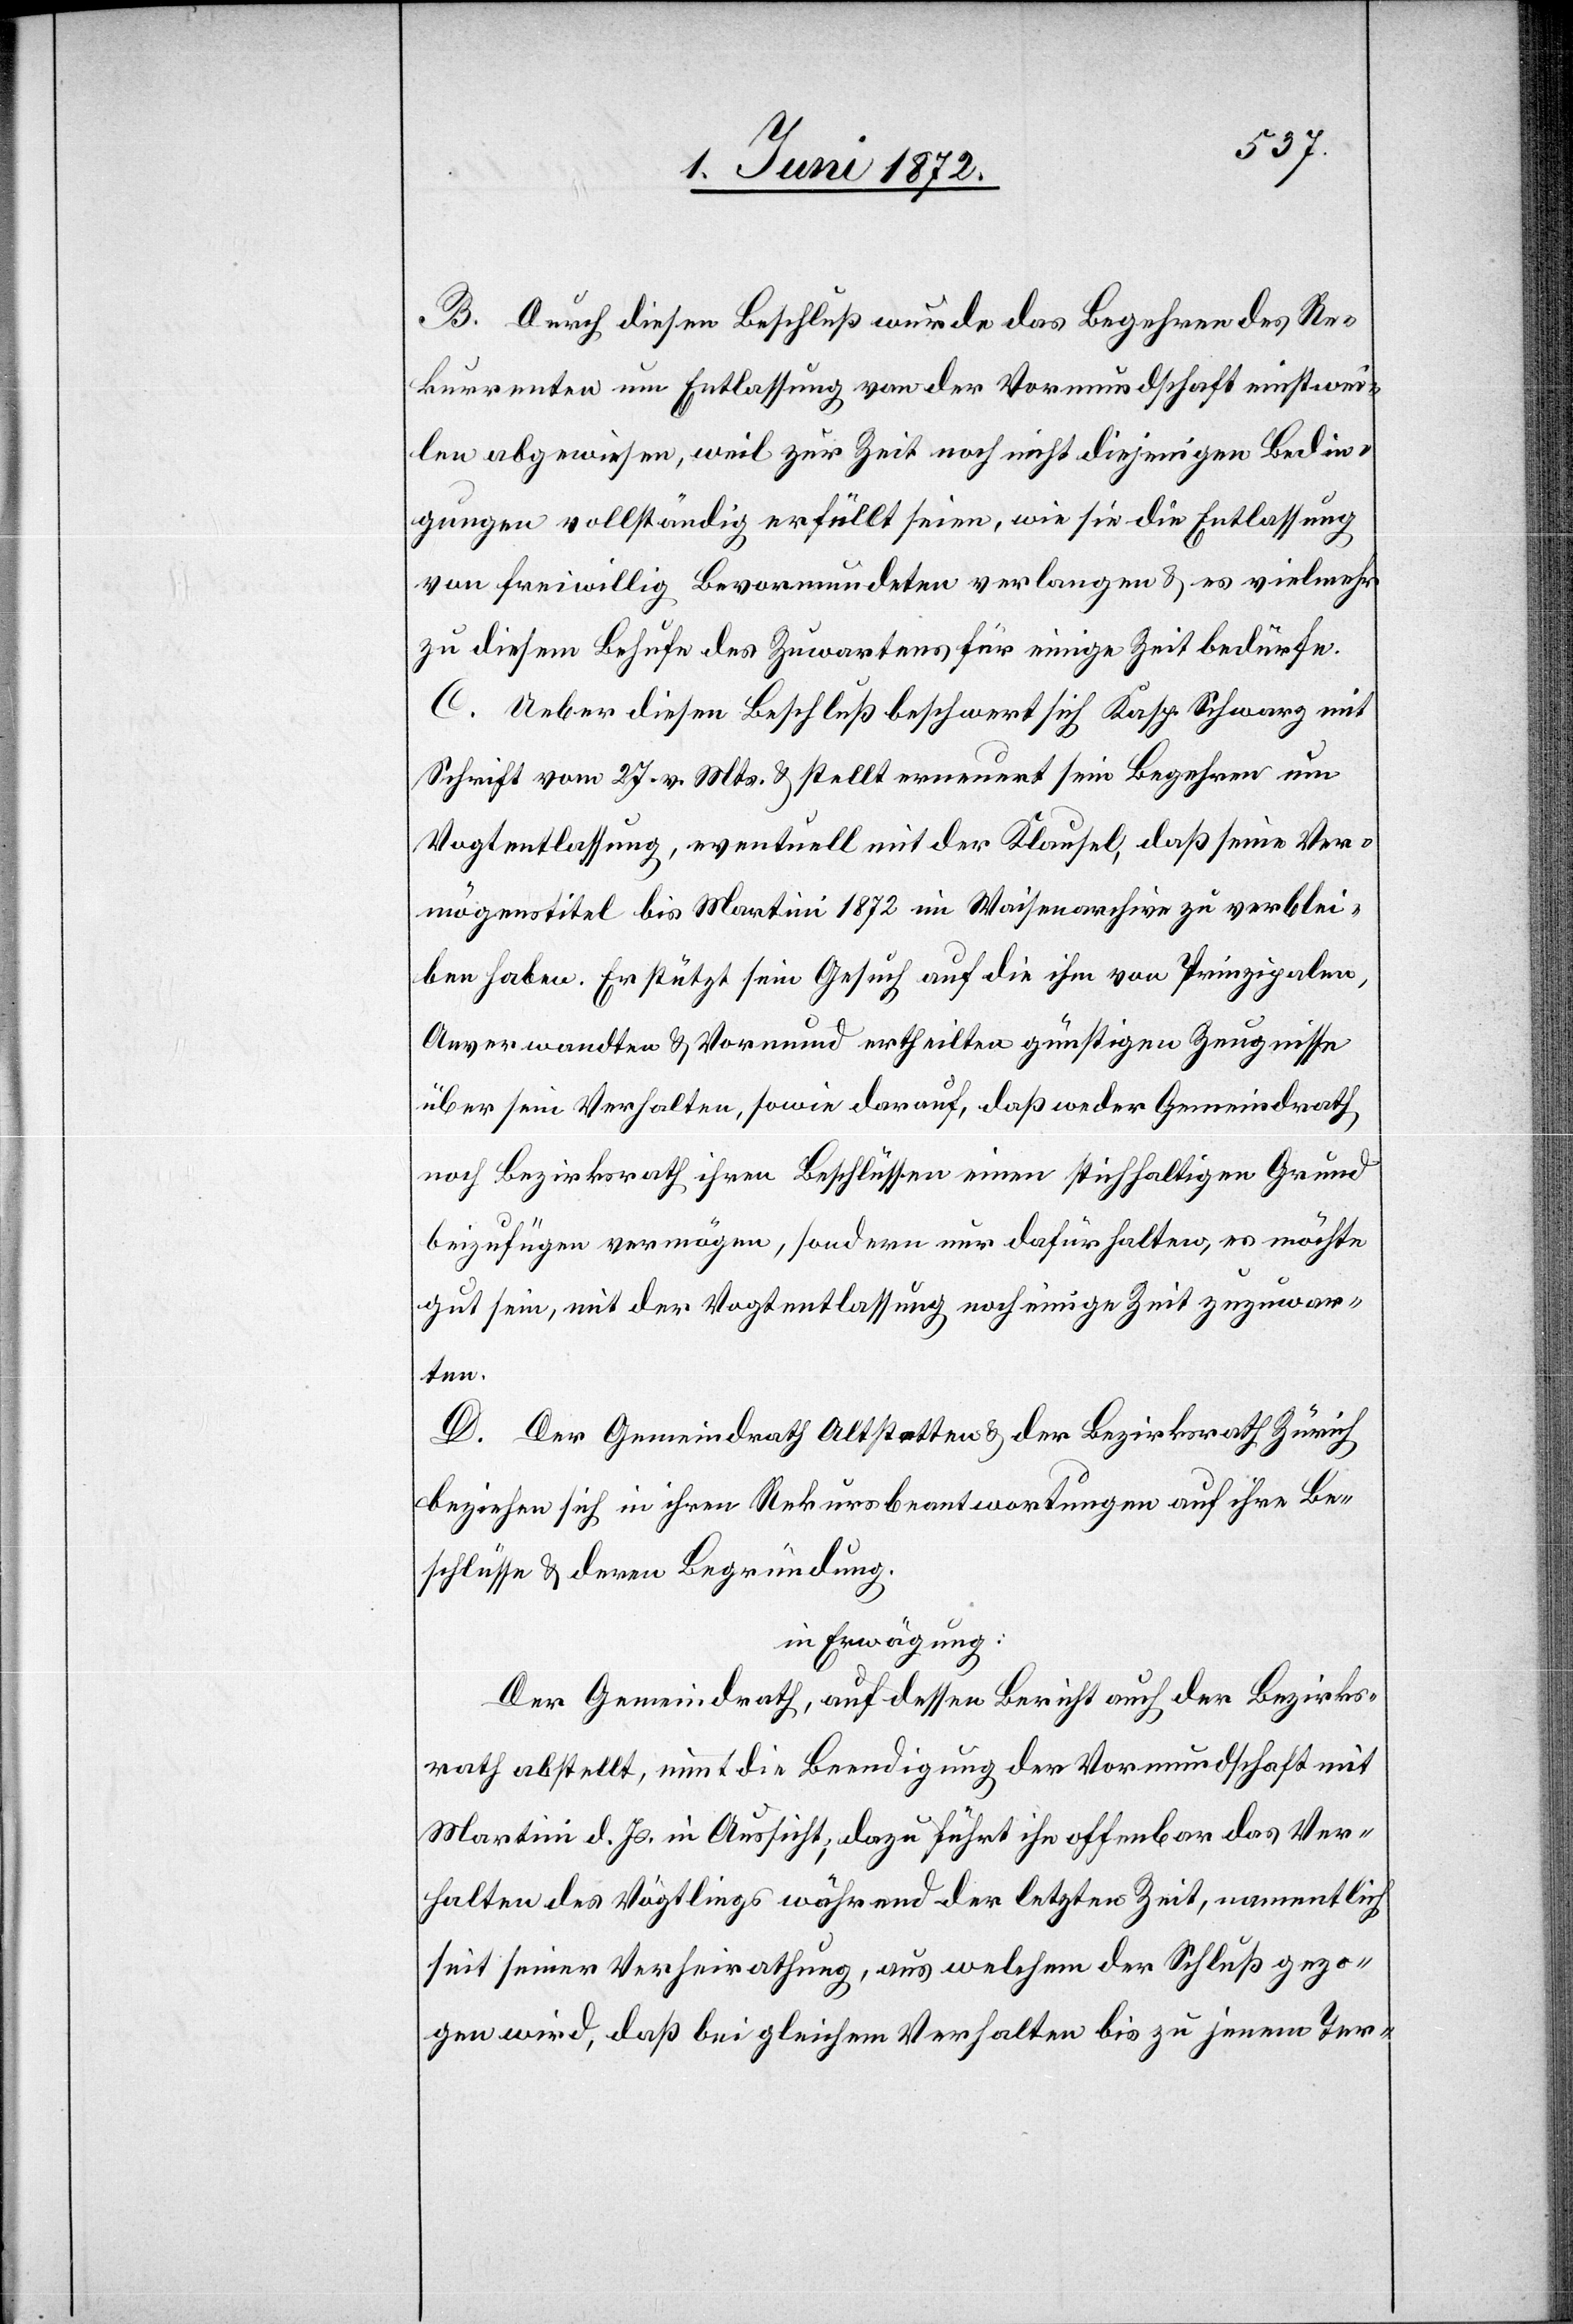
B. Durch diesen Beschluß wurde das Begehren des Re¬
kurrenten um Entlassung von der Vormundschaft einstwei¬
len abgewiesen, weil zur Zeit noch nicht diejenigen Bedin¬
gungen vollständig erfüllt seien, wie sie die Entlassung
von freiwillig Bevormundeten verlangen u. es vielmehr
zu diesem Behufe des Zuwartens für einige Zeit bedürfe.
C. Ueber diesen Beschluß beschwert sich Kasp. Schwarz mit
Schrift vom 27. v. Mts. u. stellt erneuert sein Begehren um
Vogtentlassung, eventuell mit der Klausel, daß seine Ver¬
mögenstitel bis Martini 1872 im Waisenarchive zu verblei¬
ben haben. Er stützt sein Gesuch auf die ihm von Prinzipalen,
Anverwandten u. Vormund ertheilten günstigen Zeugnisse
über sein Verhalten, sowie darauf, daß weder Gemeindrath
noch Bezirksrath ihren Beschlüssen einen stichhaltigen Grund
beizufügen vermögen, sondern nur dafür halten, es möchte
gut sein, mit der Vogtentlassung noch einige Zeit zuzuwar¬
ten.
D. Der Gemeindrath Altstetten u. der Bezirksrath Zrich
beziehen sich in ihren Rekursbeantwortungen auf ihre Be¬
schlüsse u. deren Begründung.
in Erwägung:
Der Gemeindrath, auf dessen Bericht auch der Bezirks¬
rath abstellt, nim[m]t die Beendigung der Vormundschaft mit
Martini d. Js. in Aussicht, dazu führt ihn offenbar das Ver¬
halten des Vögtlings während der letzten Zeit, namentlich
seit seiner Verheirathung, aus welchem der Schluß gezo¬
gen wird, daß bei gleichem Verhalten bis zu jenem Ter-